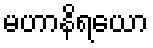
မဟာနိရယော